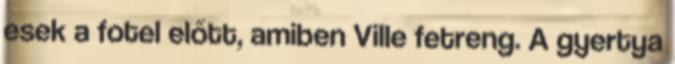
esek a fotel előtt, amiben Ville fetreng. A gyertya